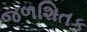
જળશિતક